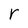
Character: r